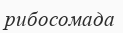
рибосомада